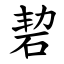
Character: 䂮